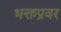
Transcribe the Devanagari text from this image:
भक्तप्रवर